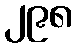
၂၉၈